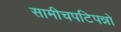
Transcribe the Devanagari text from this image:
सामीचपटिपन्नो